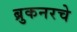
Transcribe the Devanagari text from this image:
ब्रुकनरचे